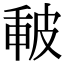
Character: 𤿪